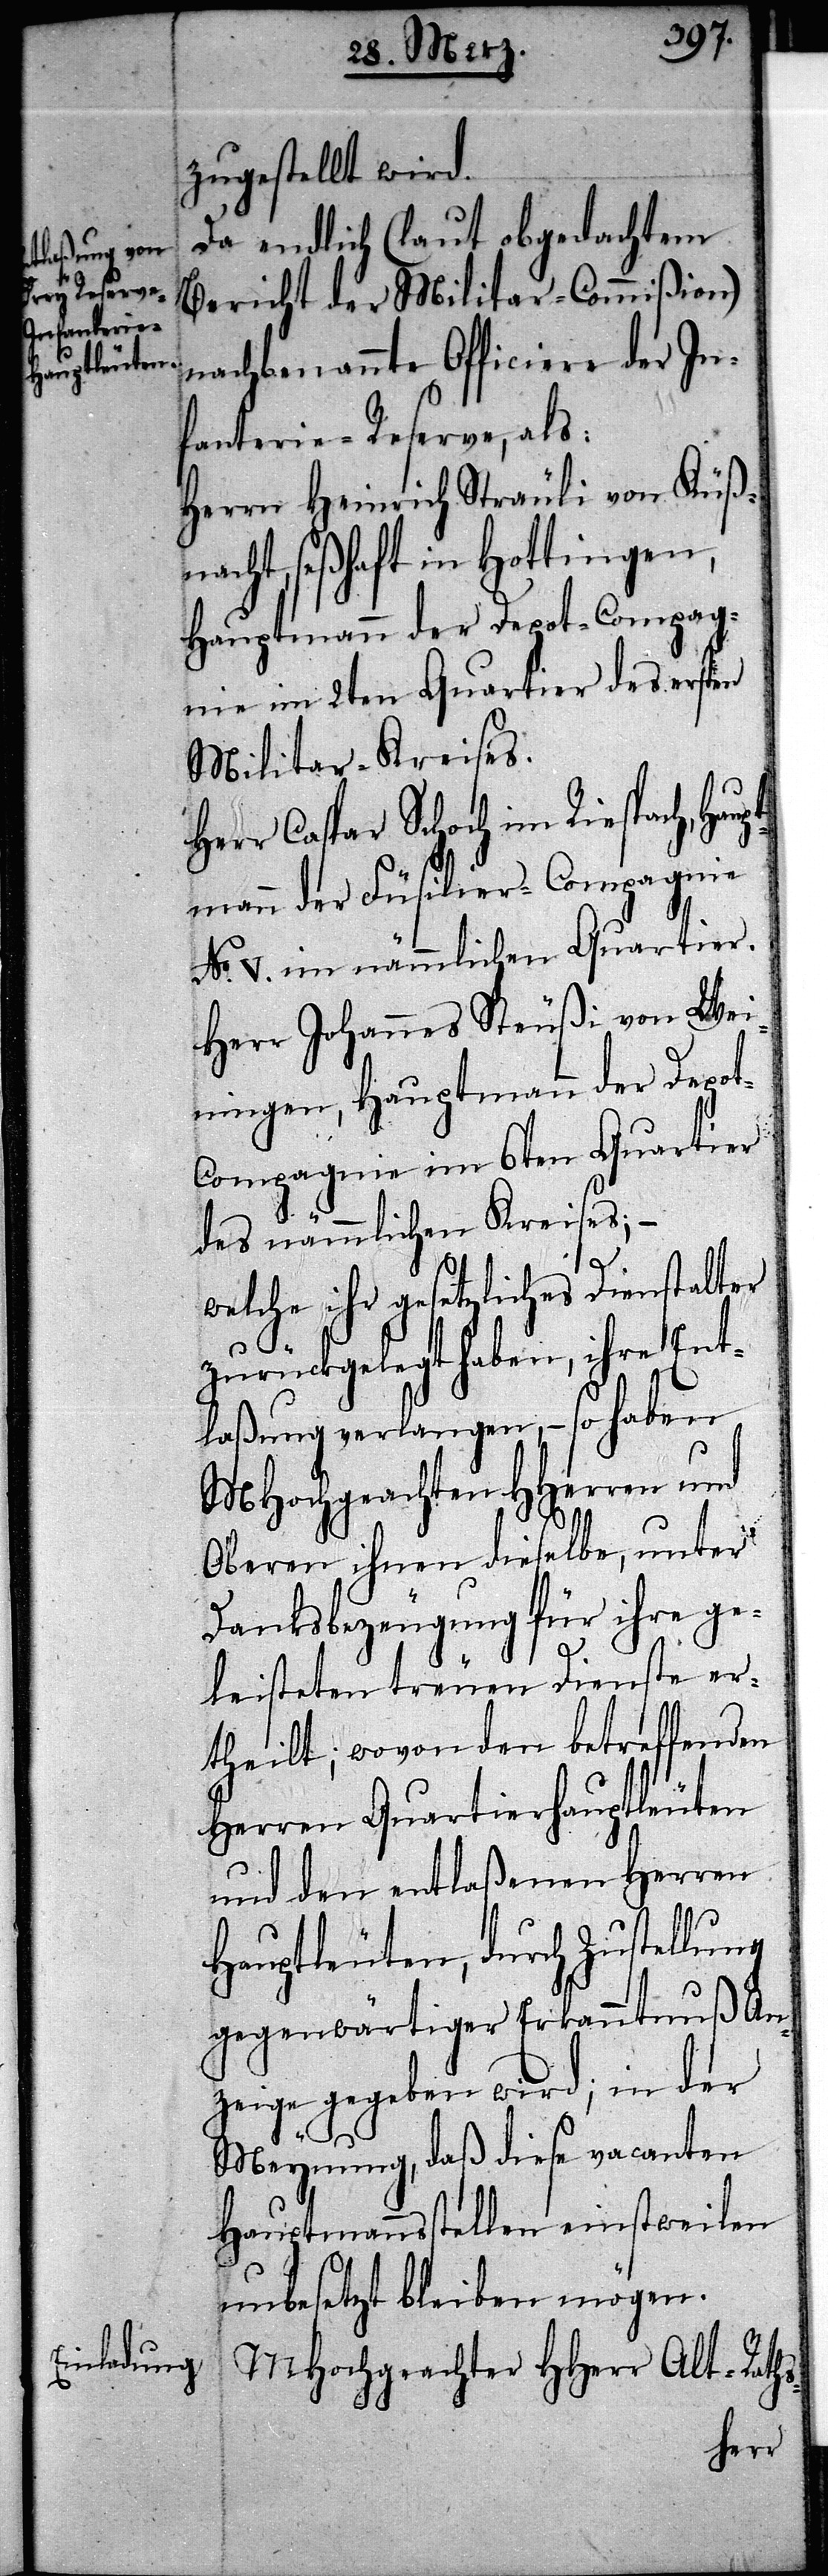
zugestellt wird.
Da endlich (laut abgedachtem
Bericht der Militar-Commißion)
nachbenannte Officiere der In¬
fanterie-Reserve, als:
Herrn Heinrich Sträuli von Küß¬
nacht, seßhaft in Hottingen,
Hauptmann der Depot-Compag¬
nie im 2ten Quartier des ersten
Militar-Kreises.
Herr Caspar Schoch im Riespach, Hau¬
ptmann der Füsilier-Compagnie
No. V. im nämmlichen Quartier.
Herr Johannes Steußi von Wei¬
ningen, Hauptmann der Depo¬
t-Compagnie im 6ten Quartier
des nämmlichen Kreises; –
welche ihr gesetzliches Dienstalter
zurückgelegt haben, ihre Ent¬
laßung verlangen, – so haben
MHochgeachten HHerren und
Obern ihnen dieselbe, unter
Danksbezeugung für ihre ge¬
leisteten treuen Dienste er¬
theilt; wovon den betreffenden
Herren Quartierhauptleuten
und den entlaßenen Herren
Hauptleuten, durch Zustellung
gegenwärtiger Erkanntnuß An¬
zeige gegeben wird; in der
Meynung, daß diese vacanten
Hauptmannsstellen einstweilen
unbesetzt bleiben mögen.
MHochgeachter HHerr Alt-Raths-